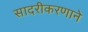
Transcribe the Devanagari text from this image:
सादरीकरणाने